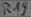
Text: R14